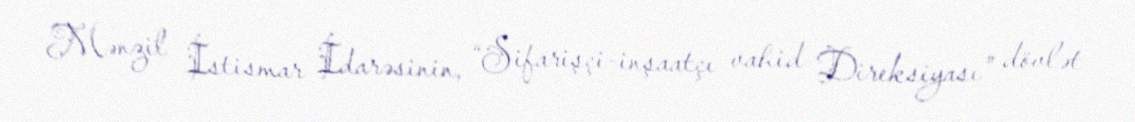
Mənzil İstismar İdarəsinin, “Sifarişçi-inşaatçı vahid Direksiyası” dövlət